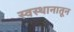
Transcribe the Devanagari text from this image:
स्वस्थानातून